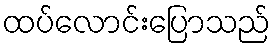
ထပ်လောင်းပြောသည်